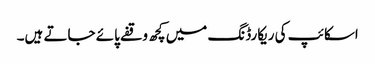
اسکائپ کی ریکارڈنگ میں کچھ وقفے پائے جاتے ہیں۔